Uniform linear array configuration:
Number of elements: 8
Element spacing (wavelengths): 1
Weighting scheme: cosine
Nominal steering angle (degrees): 0
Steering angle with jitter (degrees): -0.8895
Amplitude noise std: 0.05
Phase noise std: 0.05

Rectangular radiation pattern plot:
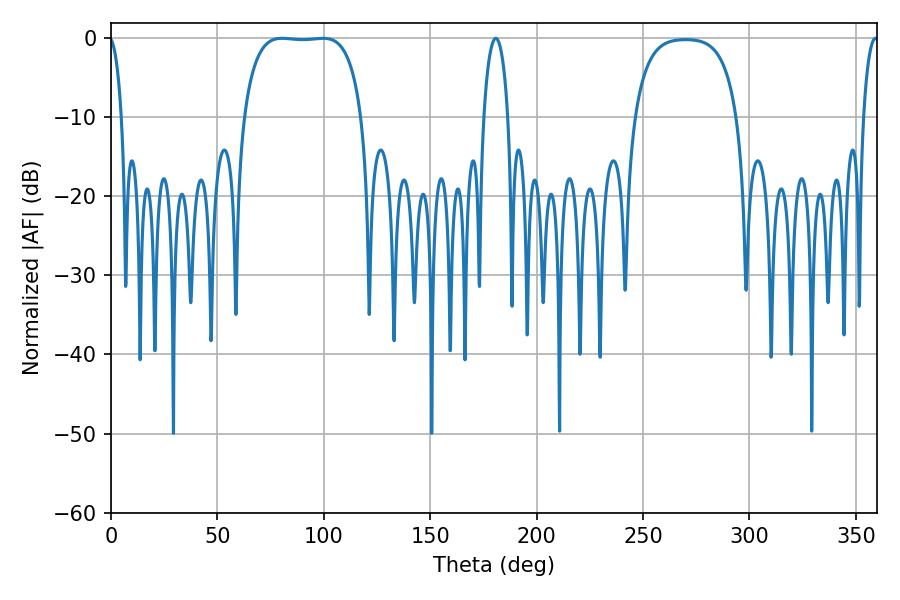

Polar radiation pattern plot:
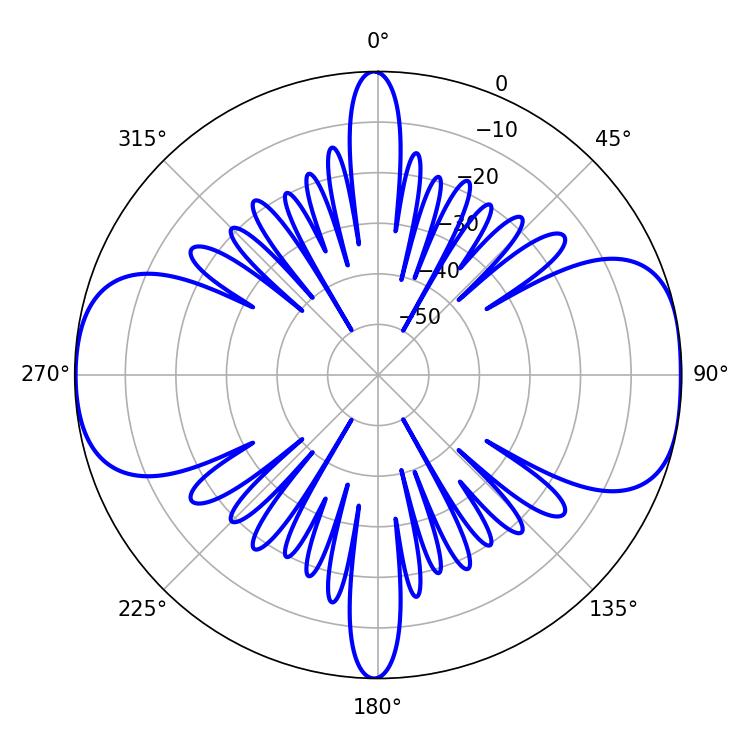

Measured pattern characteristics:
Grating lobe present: TRUE
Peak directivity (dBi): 10.679
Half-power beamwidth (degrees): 43.56
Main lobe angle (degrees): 80.28